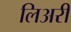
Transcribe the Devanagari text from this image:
लिअरी